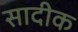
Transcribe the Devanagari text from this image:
सादीक